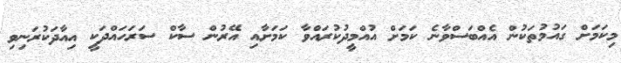
މިކަމަށް ގައުމުތަކުން އެއްބަސްވާނެ ކަމަށް އުއްމީދުކުރައްވާ ކަމަށާއި އޭރުން ސާކް ސަރަހައްދަކީ އިއާދަކުރަނިވި